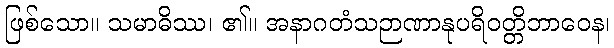
ဖြစ်သော။ သမာဓိဿ၊ ၏။ အနာဂတံသဉာဏာနုပရိဝတ္တိဘာဝေန၊